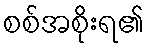
စစ်အစိုးရ၏